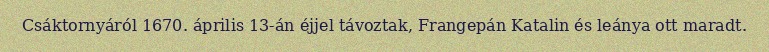
Csáktornyáról 1670. április 13-án éjjel távoztak, Frangepán Katalin és leánya ott maradt.